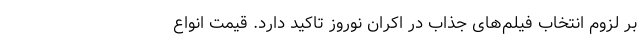
بر لزوم انتخاب فیلم‌های جذاب در اکران نوروز تاکید دارد. قیمت انواع